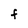
Character: F